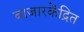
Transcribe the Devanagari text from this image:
बाजारकेंद्रित